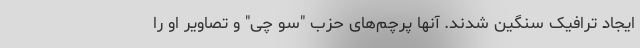
ایجاد ترافیک سنگین شدند. آنها پرچم‌های حزب "سو چی" و تصاویر او را